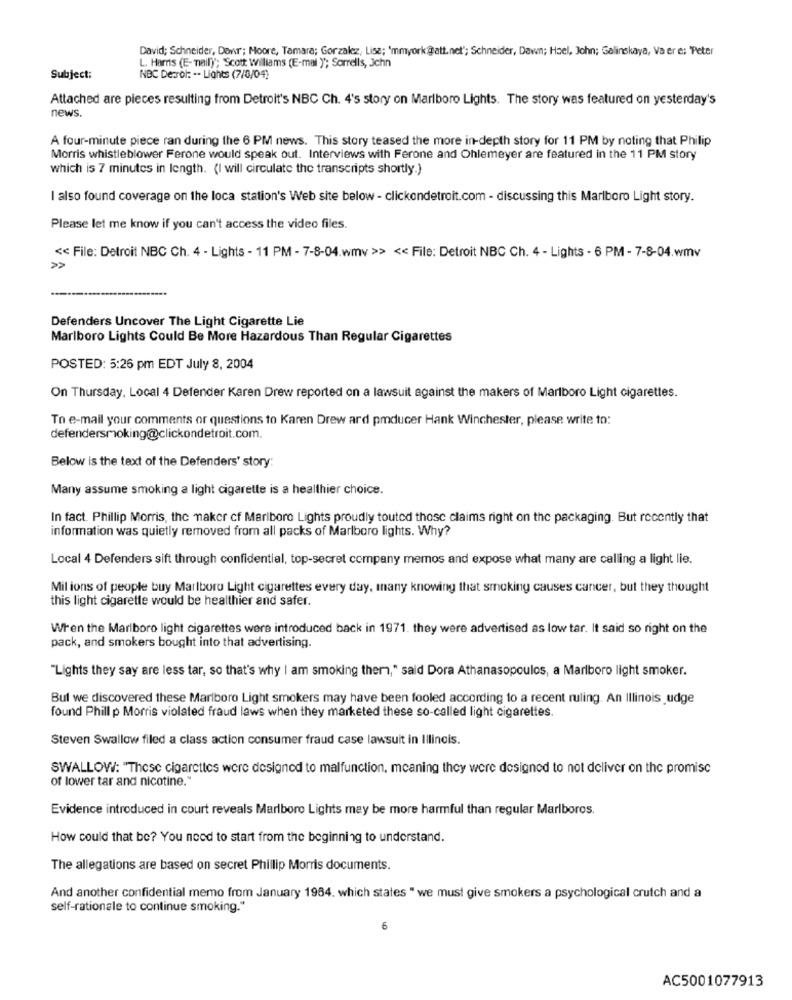
David; Schneider, Dovr; Moore, Tamara; Gorzalez, Lise; 'mmyork@att.net"; Schneider, Dawn; Hael, John; Gelinskaya, Va er e; Peter
L. Harris (E-maily"; Scott Williams (E-mal ""; Sorrells, Jchn
Subject:
NBC Derol: -. Lights (7/6/04)
Attached are pieces resulting from Detroit's NBC Ch. 4's story on Marlboro Lights. The story was featured on yesterday's
news.
A four-minute piece ran during the 6 PM news. This story teased the more in-depth story for 11 PM by noting that Philip
Morris whistleblower Ferone would speak out. Interviews with Ferone and Ohlemeyer are featured in the 11 PM story
which is 7 minutes in length. (I will circulate the transcripts shortly.)
I also found coverage on the loca station's Web site below - clickondetroit.com - discussing this Marlboro Light story.
Please let me know if you can't access the video files.
<< File: Detroit NBC Ch. 4 - Lights - 11 PM - 7-8-04.wmv >> << File: Detroit NBC Ch. 4 - Lights - 6 PM - 7-8-04.wmv
»
Defenders Uncover The Light Cigarette Lie
Marlboro Lights Could Be More Hazardous Than Regular Cigarettes
POSTED: 5:26 pm EDT July 8, 2004
On Thursday, Local 4 Defender Karen Drew reported on a lawsuit against the makers of Marlboro Light cigarettes.
To e-mail your comments or questions to Karen Drew ard pmducer Hank Winchester, please write to:
defendersmoking@clickondetroit.com.
Below is the text of the Defenders' story:
Many assume smoking a light cigarette is a healthier choice.
In fact. Phillip Morris, the maker cf Marlboro Lights proudly touted these claims right on the packaging. But recently that
information was quietly removed from all packs of Marlboro lights. Why?
Local 4 Defenders sift through confidential, top-secret company memos and expose what many are calling a light lie.
Mil ions of people buy Marlboro Light cigarettes every day, many knowing that smoking causes cancer, but they thought
this light cigarette would be healthier and safer.
When the Marlboro light cigarettes were introduced back in 1971. they were advertised as low tar. It said so right on the
pack, and smokers bought into that advertising.
"Lights they say are less tar, so that's why I am smoking them," said Dora Athanasopoulos, a Marlboro light smoker.
But we discovered these Marlboro Light smokers may have been fooled according to a recent ruling. An Illinois udge
found Phill p Morris violated fraud laws when they marketed these so-called light cigarettes.
Steven Swallow filed a class action consumer fraud case lawsuit in Illinois.
SWALLOW: "These cigarettes were designed to malfunction, meaning they were designed to not deliver on the promise
of lower tar and nicotine."
Evidence introduced in court reveals Marlboro Lights may be more harmful than regular Marlboros.
How could that be? You need to start from the beginning to understand.
The allegations are based on secret Phillip Morris documents.
And another confidential memo from January 1964. which states " we must give smokers a psychological crutch and a
self-rationale to continue smoking."
10
AC5001077913